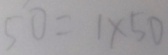
5 0 = 1 \times 5 0